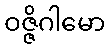
ဝဇ္ဇိဂါမော